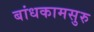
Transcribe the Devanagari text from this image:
बांधकामसुरु